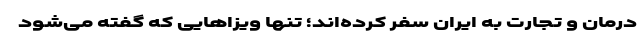
درمان و تجارت به ایران سفر کرده‌اند؛ تنها ویزاهایی که گفته می‌شود